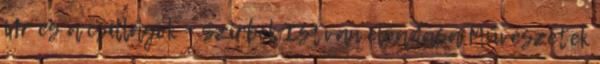
Úr és a csillagok – Szirbek István előadása Művészetek